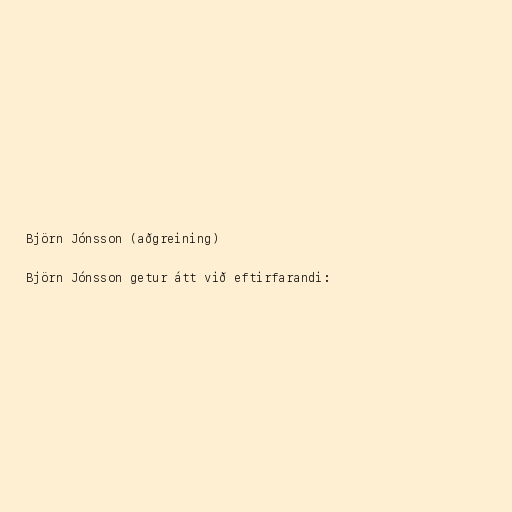
Björn Jónsson (aðgreining)

Björn Jónsson getur átt við eftirfarandi: